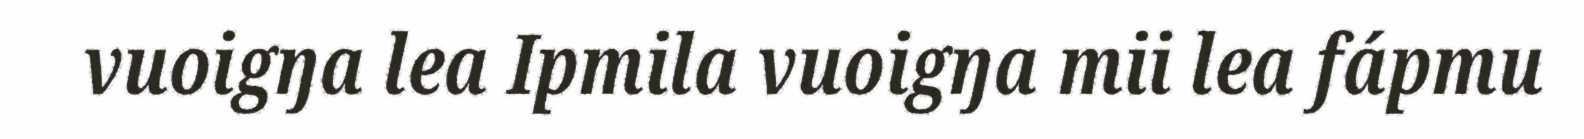
vuoigŋa lea Ipmila vuoigŋa mii lea fápmu